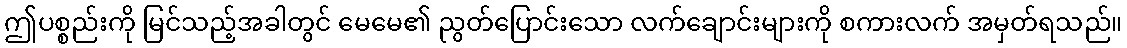
ဤပစ္စည်းကို မြင်သည့်အခါတွင် မေမေ၏ ညွတ်ပြောင်းသော လက်ချောင်းများကို စကားလက် အမှတ်ရသည်။